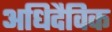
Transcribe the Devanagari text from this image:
अधिदैविक